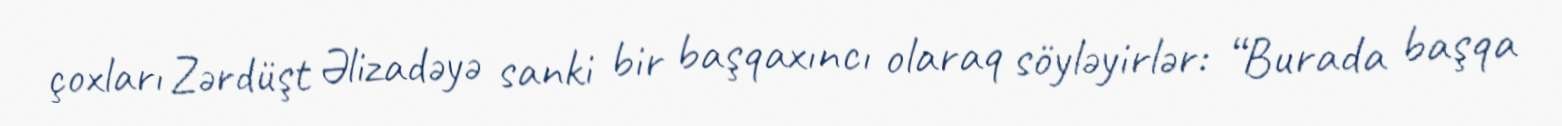
çoxları Zərdüşt Əlizadəyə sanki bir başqaxıncı olaraq söyləyirlər: “Burada başqa